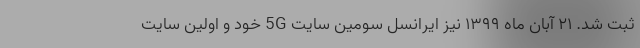
ثبت شد. ۲۱ آبان ماه ۱۳۹۹ نیز ایرانسل سومین سایت 5G خود و اولین سایت